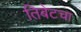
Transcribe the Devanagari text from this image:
तिबेटचा